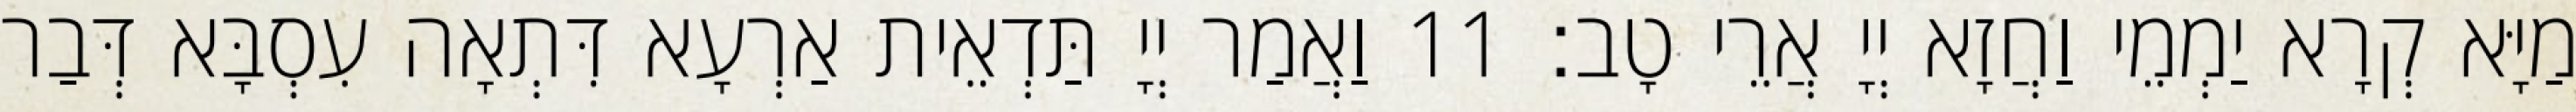
מַיָּא קְרָא יַמְמֵי וַחֲזָא יְיָ אֲרֵי טָב׃ 11 וַאֲמַר יְיָ תַּדְאֵית אַרְעָא דִּתְאָה עִסְבָּא דְּבַר